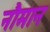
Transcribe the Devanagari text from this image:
नौमान